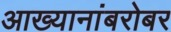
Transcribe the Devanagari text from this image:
आख्यानांबरोबर